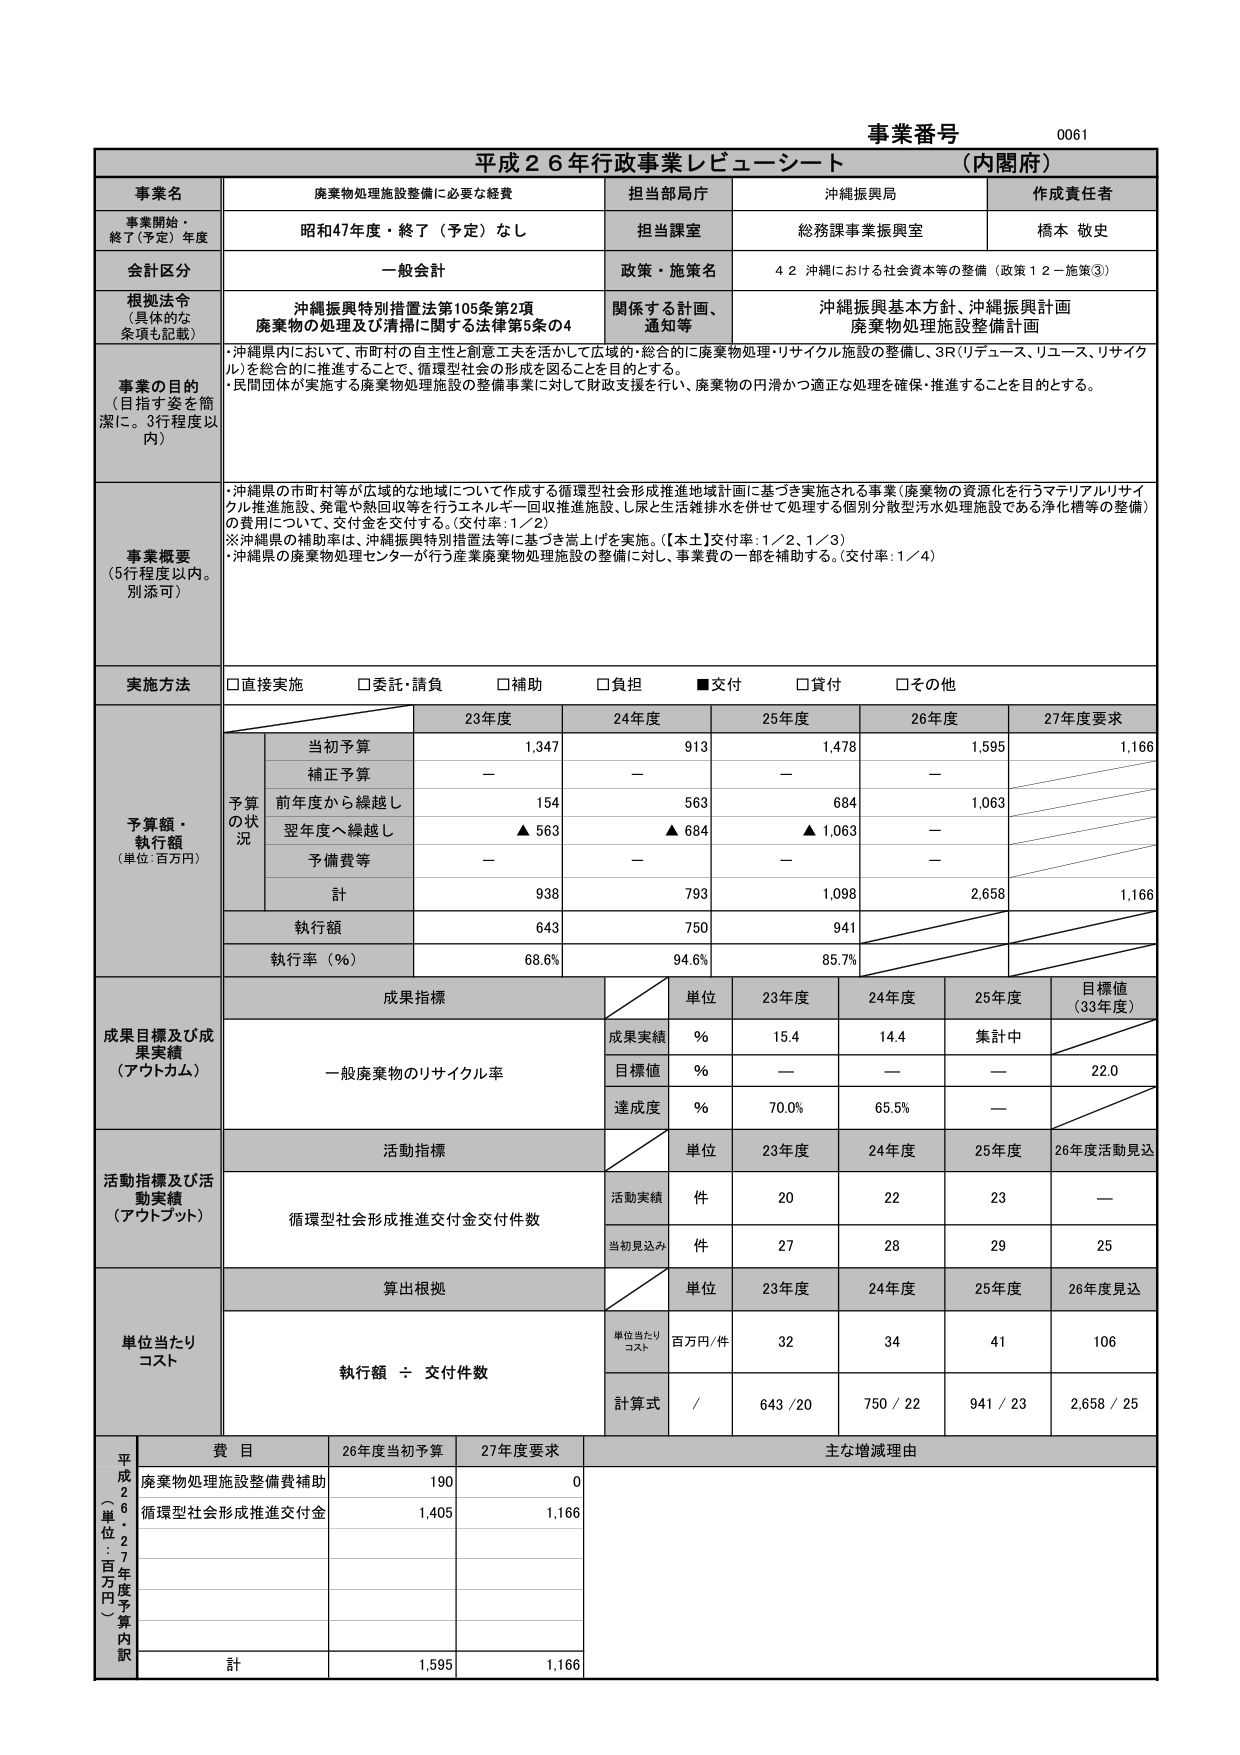
事業番号 0061
平成２６年行政事業レビューーシート（内閣府）

事業名 廃棄物処理施設整備に必要な経費
担当部局庁 沖縄振興局
作成責任者 橋本 敬史

事業開始・終了（予定）年度 昭和47年度・終了（予定）なし
担当課室 総務課事業振興室

会計区分 一般会計
政策・施策名 ４２ 沖縄における社会資本等の整備（政策１２－施策③）

根拠法令（具体的な条項も記載）
沖縄振興特別措置法第105条第2項
廃棄物の処理及び清掃に関する法律第5条の4
関係する計画、通知等
沖縄振興基本方針、沖縄振興計画
廃棄物処理施設整備計画

事業の目的（目指す姿を簡潔に。3行程度以内）
・沖縄県内において、市町村の自主性と創意工夫を活かして広域的・総合的に廃棄物処理・リサイクル施設の整備し、3R（リデュース、リユース、リサイクル）を総合的に推進することで、循環型社会の形成を図ることを目的とする。
・民間団体が実施する廃棄物処理施設の整備事業に対して財政支援を行い、廃棄物の円滑かつ適正な処理を確保・推進することを目的とする。

事業概要（5行程度以内。別添可）
・沖縄県の市町村等が広域的な地域について作成する循環型社会形成推進地域計画に基づき実施される事業（廃棄物の資源化を行うマテリアルリサイクル推進施設、発電や熱回収等を行うエネルギー回収推進施設、し尿と生活雑排水を併せて処理する個別分散型汚水処理施設である浄化槽等の整備）の費用について、交付金を交付する。（交付率：1／2）
※沖縄県の補助率は、沖縄振興特別措置法等に基づき嵩上げを実施。（【本土】交付率：1／2、1／3）
・沖縄県の廃棄物処理センターが行う産業廃棄物処理施設の整備に対し、事業費の一部を補助する。（交付率：1／4）

実施方法
□直接実施 □委託・請負 □補助 □負担 ■交付 □貸付 □その他

予算額・執行額（単位：百万円）